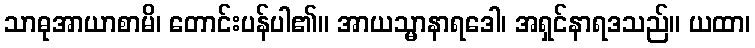
သာဓုအာယာစာမိ၊ တောင်းပန်ပါ၏။ အာယသ္မာနာရဒေါ၊ အရှင်နာရဒသည်။ ယထာ၊